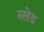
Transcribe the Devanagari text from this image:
स्‍लेड